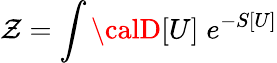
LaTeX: \mathcal{Z}=\int{}{\calD}[U]\; e^{-S[U]}